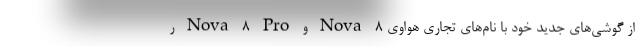
از گوشی‌های جدید خود با نام‌های تجاری هواوی Nova 8 و Nova 8 Pro ر